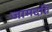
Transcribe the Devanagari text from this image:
जामदग्नि